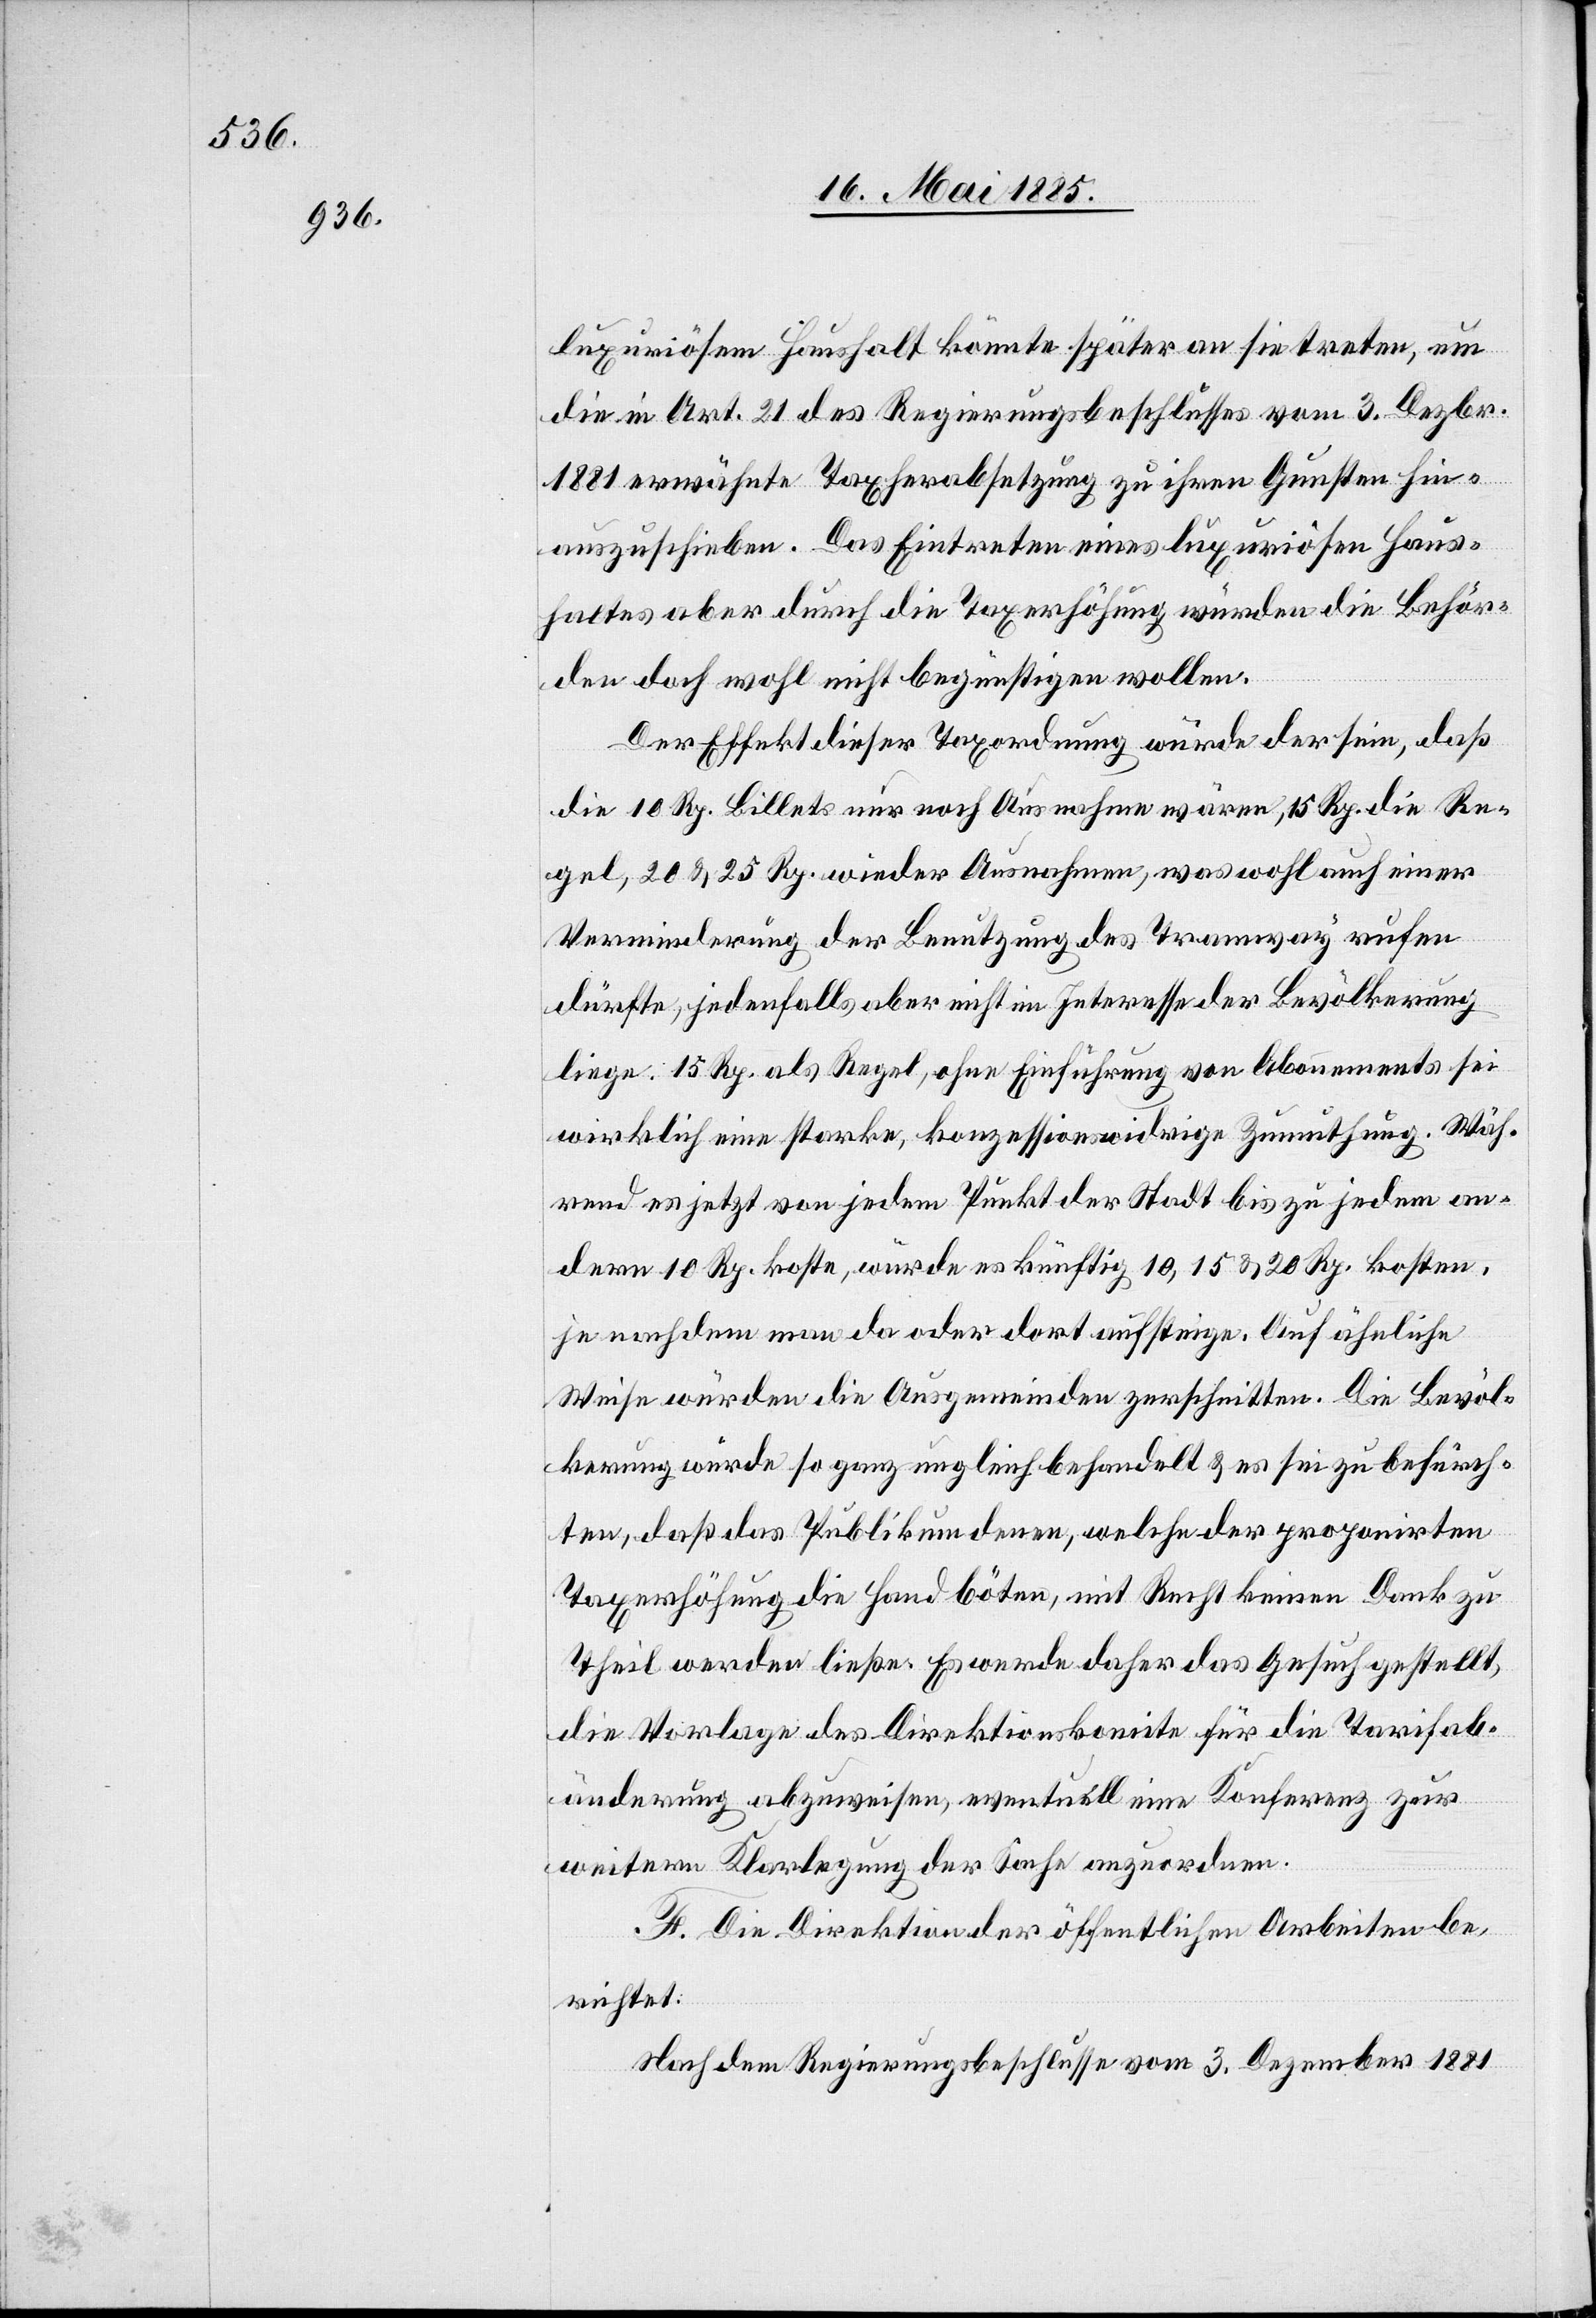
luxuriösem Haushalt könnte später an sie treten, um
die in Art. 21 des Regierungsbeschlusses vom 3. Dezbr.
1881 erwähnte Taxherabsetzung zu ihren Gunsten hin¬
auszuschieben. Das Eintreten eines luxuriösen Haus¬
haltes aber durch die Taxerhöhung würden die Behör¬
den doch wohl nicht begünstigen wollen.
Der Effekt dieser Taxordnung würde der sein, daß
die 10 Rp. Billets nur noch Ausnahme wären, 15 Rp. die Re¬
gel, 20 & 25 Rp. wieder Ausnahmen, was wohl auch [nach]
Verminderung der Benutzung des Tramway rufen
dürfte, jedenfalls aber nicht im Interesse der Bevölkerung
liege. 15 Rp. als Regel, ohne Einführung von Abonnements sei
wirklich eine starke, konzessionswidrige Zumuthung. Wäh¬
rend es jetzt von jedem Punkt der Stadt bis zu jedem an¬
dern 10 Rp. koste, würde es künftig 10, 15 & 20 Rp. kosten,
je nachdem man da oder dort aufsteige. Auf ähnliche
Weise würden die Ausgemeinden zerschnitten. Die Bevöl¬
kerung würde so ganz ungleich behandelt & es sei zu befürch¬
ten, daß das Publikum denen welche der proponirten
Taxerhöhung die Hand böten, mit Recht keinen Dank zu
Theil werden ließe. Es werde daher das Gesuch gestellt,
die Vorlage des Direktionskomite für die Tarifab¬
änderung abzuweisen, eventuell eine Konferenz zur
weitern Klarlegung der Sache anzuordnen.
F. Die Direktion der öffentlichen Arbeiten be¬
richtet:
Nach dem Regierungsbeschlusse vom 3. Dezember 1881